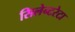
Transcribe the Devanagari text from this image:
सिलेन्टरेटा